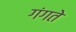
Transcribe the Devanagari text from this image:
गंगते